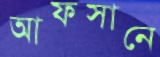
আফসানে